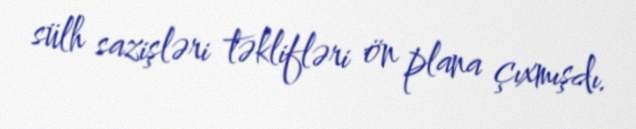
sülh sazişləri təklifləri ön plana çıxmışdı.